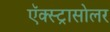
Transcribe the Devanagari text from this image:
ऍक्स्ट्रासोलर